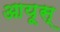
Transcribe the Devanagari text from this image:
आयूस्‌